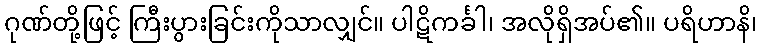
ဂုဏ်တို့ဖြင့် ကြီးပွားခြင်းကိုသာလျှင်။ ပါဋိကင်္ခါ၊ အလိုရှိအပ်၏။ ပရိဟာနိ၊